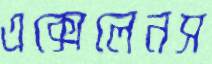
এক্সেলেনস